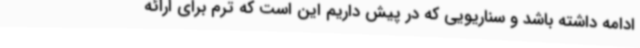
ادامه داشته باشد و سناریویی که در پیش داریم این است که ترم برای ارائه